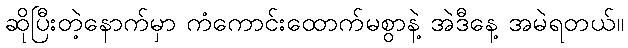
ဆိုပြီးတဲ့နောက်မှာ ကံကောင်းထောက်မစွာနဲ့ အဲဒီနေ့ အမဲရတယ်။